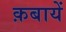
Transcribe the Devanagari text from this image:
क़बायें